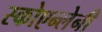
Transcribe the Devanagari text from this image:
स्कोएन्लेनी